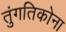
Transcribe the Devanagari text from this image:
तुंगतिकोना